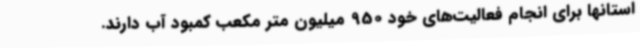
استانها برای انجام فعالیت‌های خود 950 میلیون متر مکعب کمبود آب دارند.